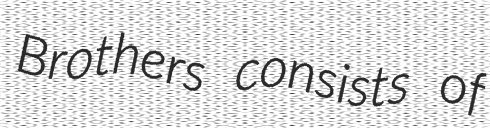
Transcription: Brothers consists of